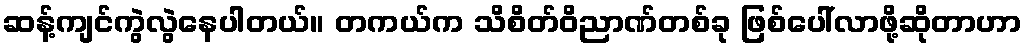
ဆန့်ကျင်ကွဲလွဲနေပါတယ်။ တကယ်က သိစိတ်ဝိညာဏ်တစ်ခု ဖြစ်ပေါ်လာဖို့ဆိုတာဟာ